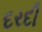
દરદી